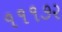
૧૧૧૭૨